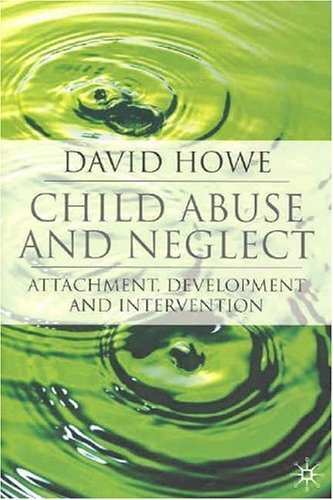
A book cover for Child Abuse and Neglect: Attachment, Development and Intervention; David Howe; Politics & Social Sciences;